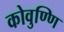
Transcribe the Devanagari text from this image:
कोवुण्णि